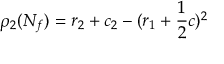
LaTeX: \rho _ { 2 } ( N _ { f } ) = r _ { 2 } + c _ { 2 } - ( r _ { 1 } + \frac { 1 } { 2 } c ) ^ { 2 }